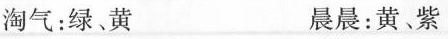
淘气：绿、黄 晨晨：黄、紫